Scottish Leaving Certificate Examination, 1956
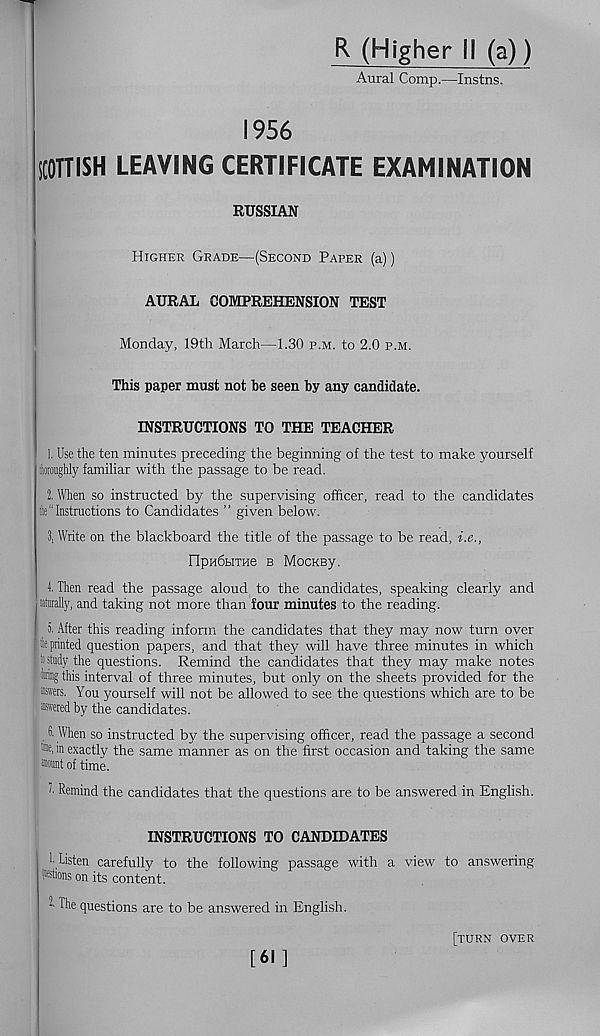
R (Higher II (a))
Aural Comp.—Instns.
1956
SCOTTISH LEAVING CERTIFICATE EXAMINATION
RUSSIAN
Higher Grade—(Second Paper (a))
AURAL COMPREHENSION TEST
Monday, 19th March—1.30 p.m. to 2.0 p.m.
This paper must not be seen by any candidate.
INSTRUCTIONS TO THE TEACHER
1. Use the ten minutes preceding the beginning of the test to make yourself
lloroughly familiar with the passage to be read.
2. When so instructed by the supervising officer, read to the candidates
It “Instructions to Candidates ” given below.
3. Write on the blackboard the title of the passage to be read, i.e.,
OpudHTHe b MocKBy.
1 Then read the passage aloud to the candidates, speaking clearly and
nturally, and taking not more than four minutes to the reading.
5. After this reading inform the candidates that they may now turn over
le printed question papers, and that they will have three minutes in which
11 study the questions. Remind the candidates that they may make notes
oiling this interval of three minutes, but only on the sheets provided for the
«vers. You yourself will not be allowed to see the questions which are to be
■weredby the candidates.
6. When so instructed by the supervising officer, read the passage a second
», in exactly the same manner as on the first occasion and taking the same
•nnt of time.
t Remind the candidates that the questions are to be answered in English.
INSTRUCTIONS TO CANDIDATES
1- Listen carefully to the following passage with a view to answering
*stions on its content.
^ Ihe questions are to be answered in English.
[61]
[turn over